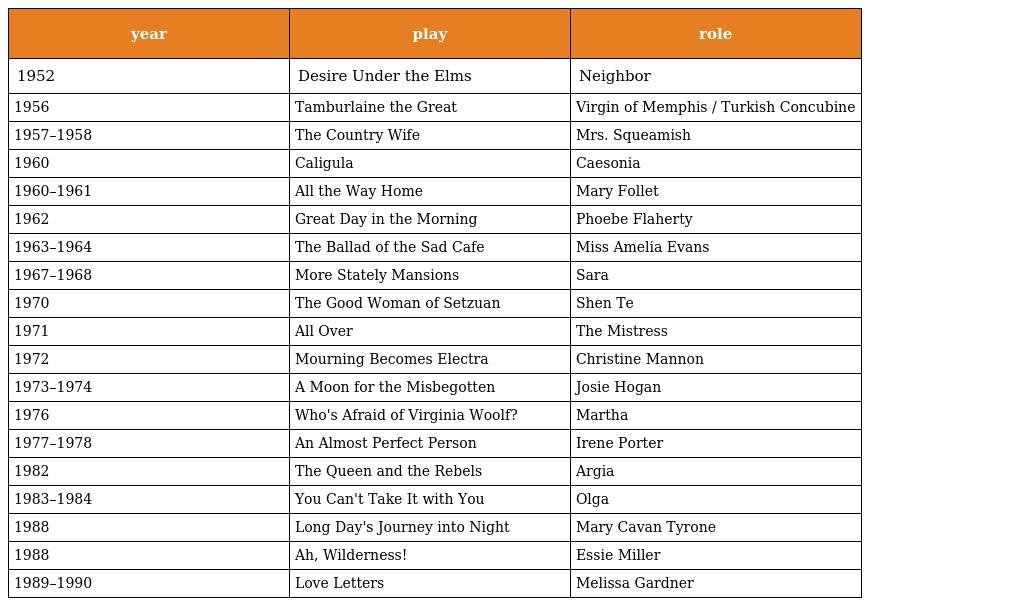
| year | play | role |
 | --- | --- | --- |
 | 1952 | Desire Under the Elms | Neighbor |
 | 1956 | Tamburlaine the Great | Virgin of Memphis / Turkish Concubine |
 | 1957–1958 | The Country Wife | Mrs. Squeamish |
 | 1960 | Caligula | Caesonia |
 | 1960–1961 | All the Way Home | Mary Follet |
 | 1962 | Great Day in the Morning | Phoebe Flaherty |
 | 1963–1964 | The Ballad of the Sad Cafe | Miss Amelia Evans |
 | 1967–1968 | More Stately Mansions | Sara |
 | 1970 | The Good Woman of Setzuan | Shen Te |
 | 1971 | All Over | The Mistress |
 | 1972 | Mourning Becomes Electra | Christine Mannon |
 | 1973–1974 | A Moon for the Misbegotten | Josie Hogan |
 | 1976 | Who's Afraid of Virginia Woolf? | Martha |
 | 1977–1978 | An Almost Perfect Person | Irene Porter |
 | 1982 | The Queen and the Rebels | Argia |
 | 1983–1984 | You Can't Take It with You | Olga |
 | 1988 | Long Day's Journey into Night | Mary Cavan Tyrone |
 | 1988 | Ah, Wilderness! | Essie Miller |
 | 1989–1990 | Love Letters | Melissa Gardner |